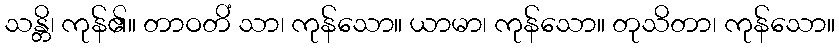
သန္တိ၊ ကုန်၏။ တာဝတိံ သာ၊ ကုန်သော။ ယာမာ၊ ကုန်သော။ တုသိတာ၊ ကုန်သော။